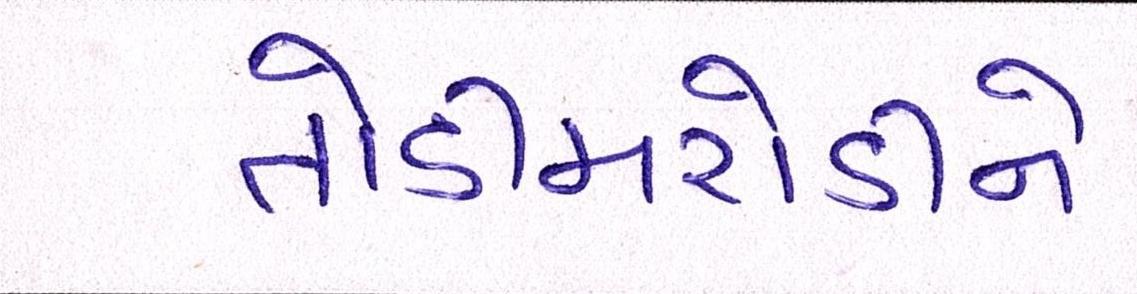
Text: તોડીમરોડીને